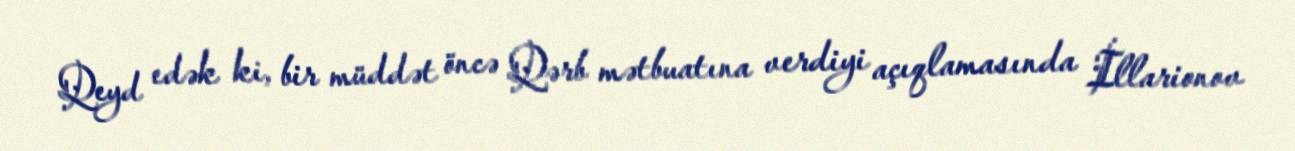
Qeyd edək ki, bir müddət öncə Qərb mətbuatına verdiyi açıqlamasında İllarionov